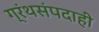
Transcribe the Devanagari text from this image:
ग्रंथसंपदाही